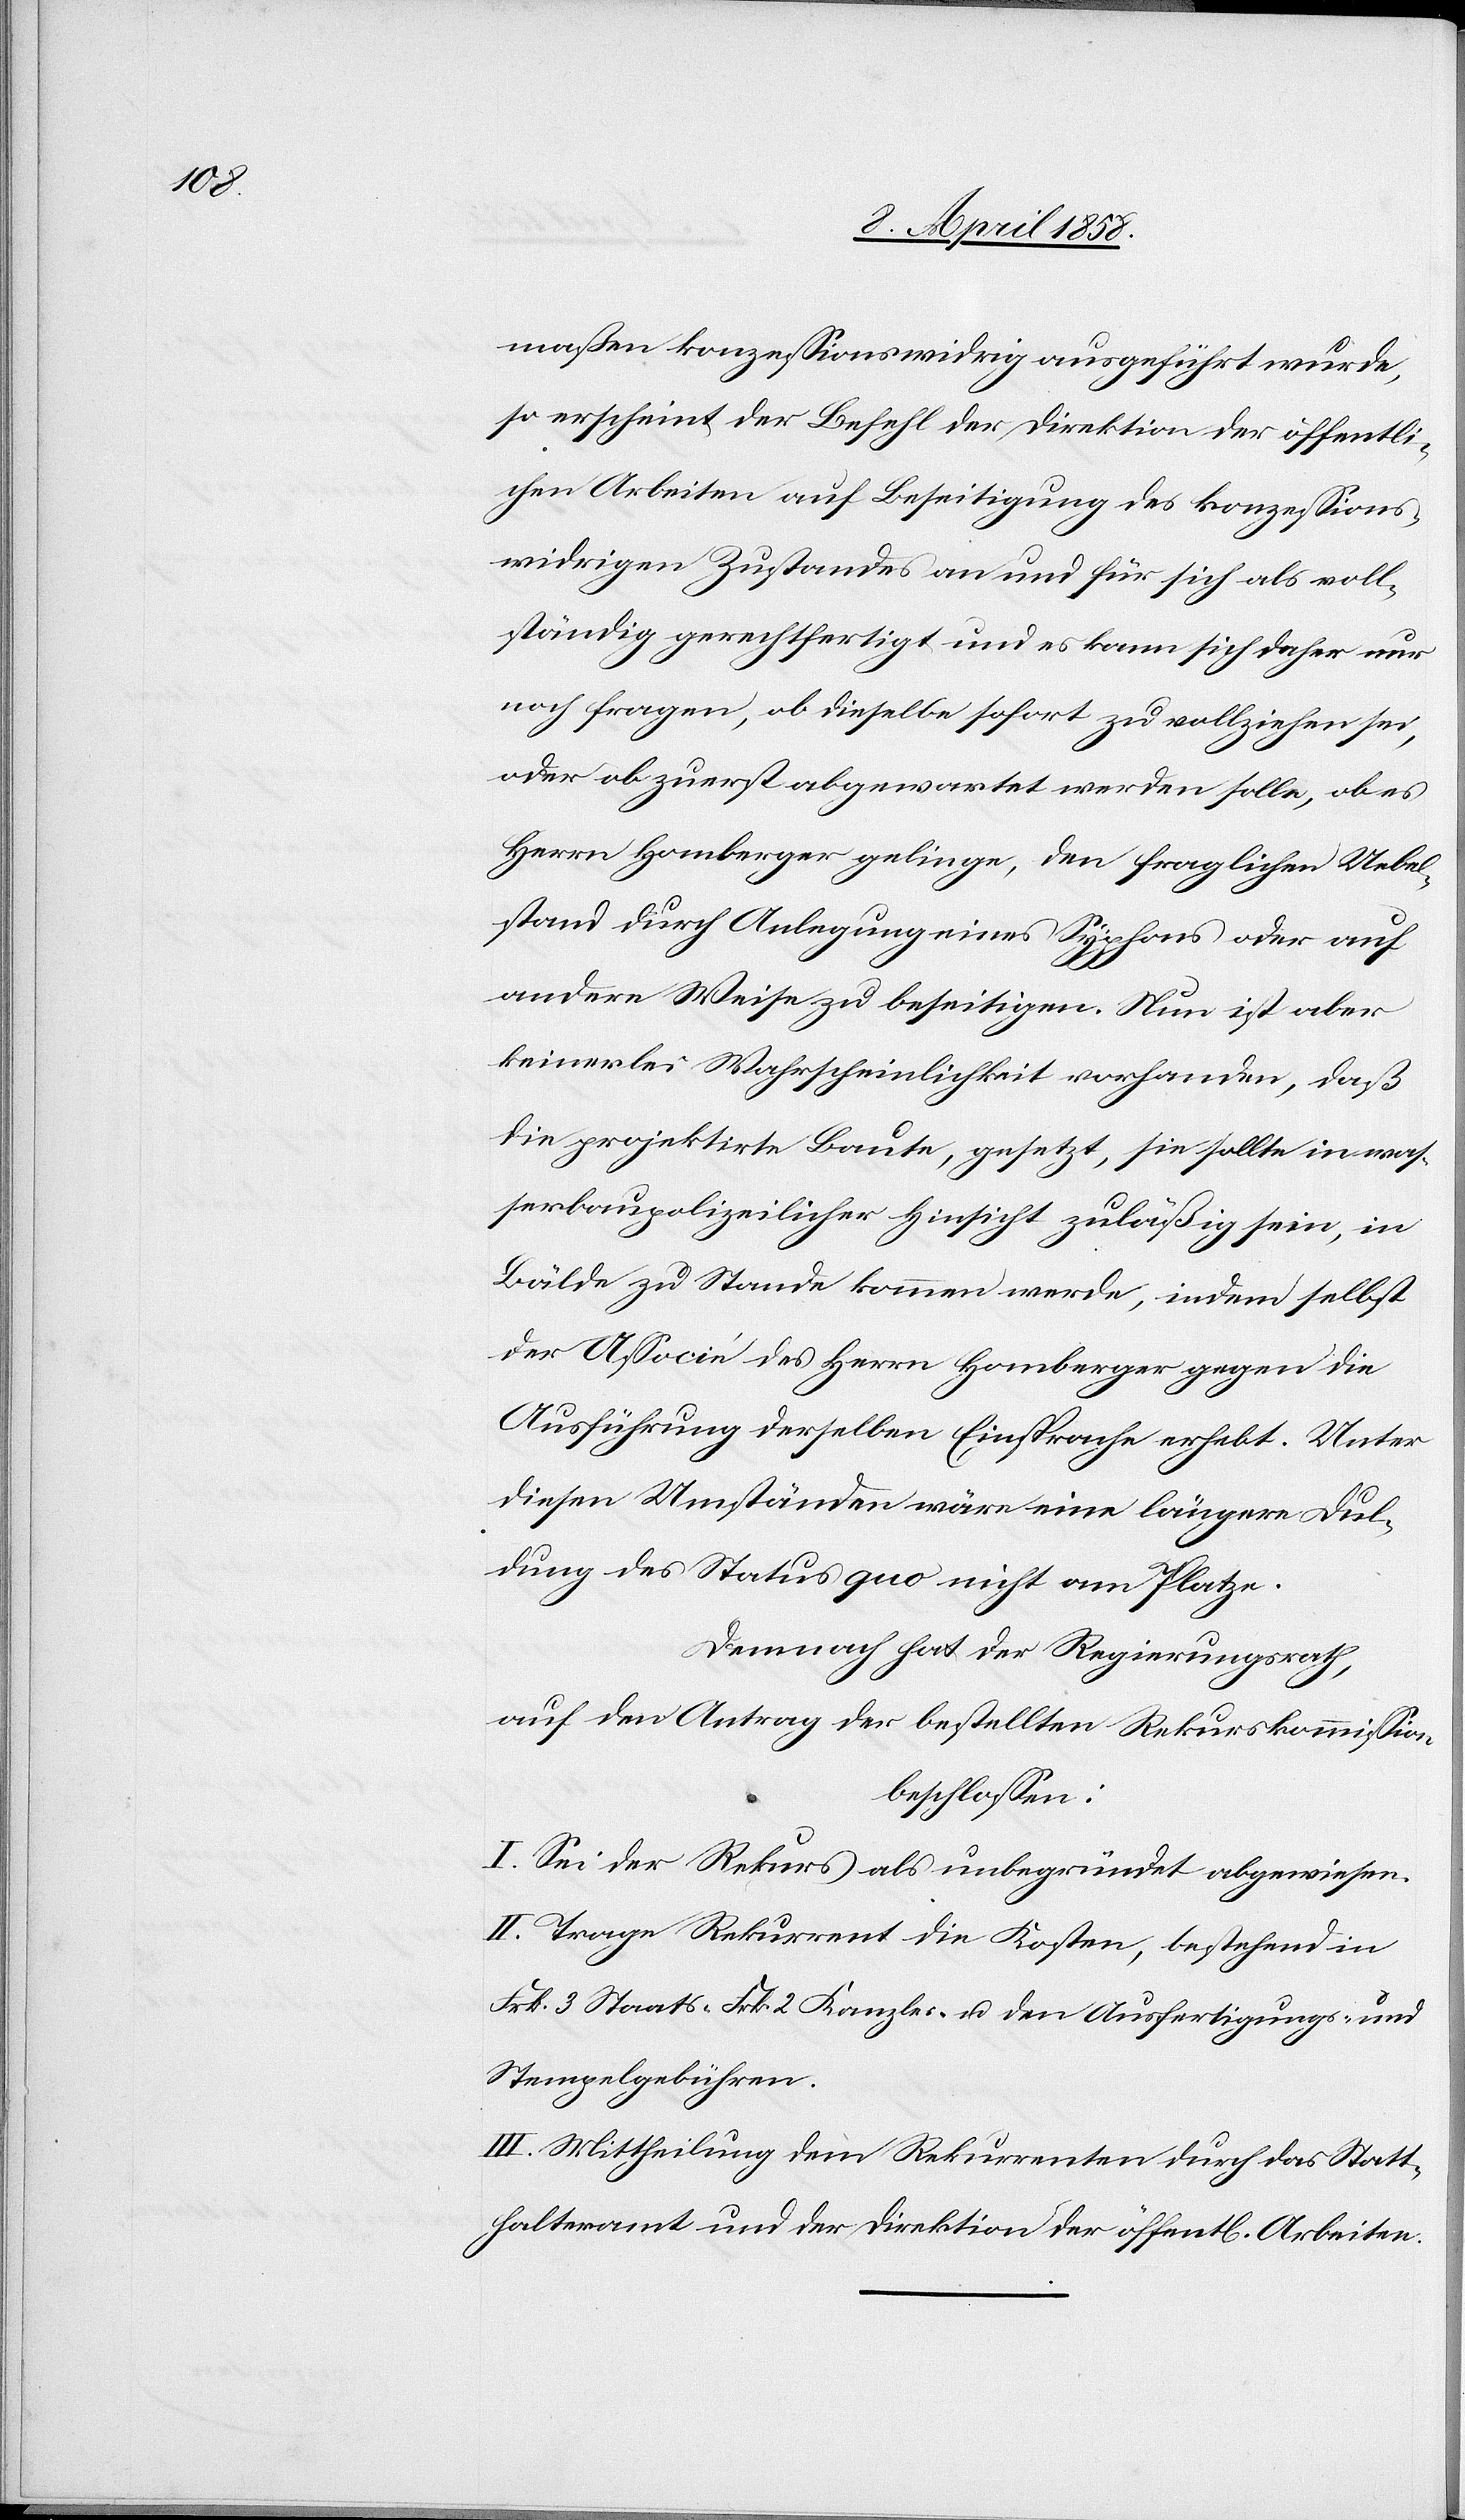
maßen konzessionswidrig ausgeführt wurde,
so erscheint der Befehl der Direktion der öffentli¬
chen Arbeiten auf Beseitigung des konzessions¬
widrigen Zustandes an und für sich als voll¬
ständig gerechtfertigt und es kann sich daher nur
noch fragen, ob dieselbe sofort zu vollziehen sei,
oder ob zuerst abgewartet werden solle, ob es
Herrn Homberger gelinge, den fraglichen Uebel¬
stand durch Anlegung eines Syphons oder auf
andere Weise zu beseitigen. Nun ist aber
keinerlei Wahrscheinlichkeit vorhanden, daß
die projektirte Baute, gesetzt, sie sollte in was¬
serbaupolizeilicher Hinsicht zuläßig sein, in
Bälde zu Stande kommen werde, indem selbst
der Associé des Herrn Homberger gegen die
Ausführung derselben Einsprache erhebt. Unter
diesen Umständen wäre eine längere Dul¬
dung des Status quo nicht am Platze.
Demnach hat der Regierungsrath,
auf den Antrag der bestellten Rekurskommission
beschlossen:
I. Sei der Rekurs als unbegründet abgewiesen.
II. Trage Rekurrent die Kosten, bestehend in
Frk. 3 Staats-[,] Frk. 2 Kanzlei- u. den Ausfertigungs- u.
Stempelgebühren.
III. Mittheilung dem Rekurrenten durch das Statt¬
halteramt und der Direktion der öffent[lichen] Arbeiten.